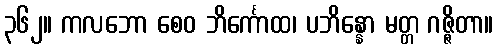
၃၆၂။ ကလဘော စေဝ ဘိင်္ကောထ၊ ပဘိန္နော မတ္တ ဂဇ္ဇိတာ။